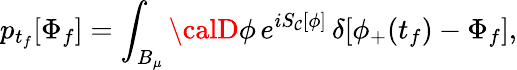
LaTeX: p_{t_{f}}[\Phi_{f}]=\int_{B_{\mu}}{\calD}\phi\, e^{iS_{\mathcal{C}}[\phi]}\, \delta[\phi_{+}(t_{f})-\Phi_{f}],